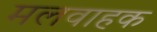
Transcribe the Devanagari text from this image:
मलवाहक